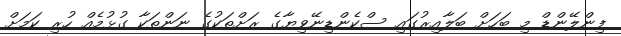
ފިންލޭންޑް މި ބަހަށް ބަލާއިރުގައި ސްކެންޑިނޭވިޔާގެ ރަށްތަކުގެ ނަންތަކާ ގުޅުމެއް ހުރި ކަމަށް